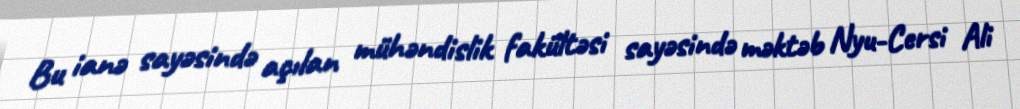
Bu ianə sayəsində açılan mühəndislik fakültəsi sayəsində məktəb Nyu-Cersi Ali